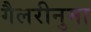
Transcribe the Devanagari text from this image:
गैलरीनुमा